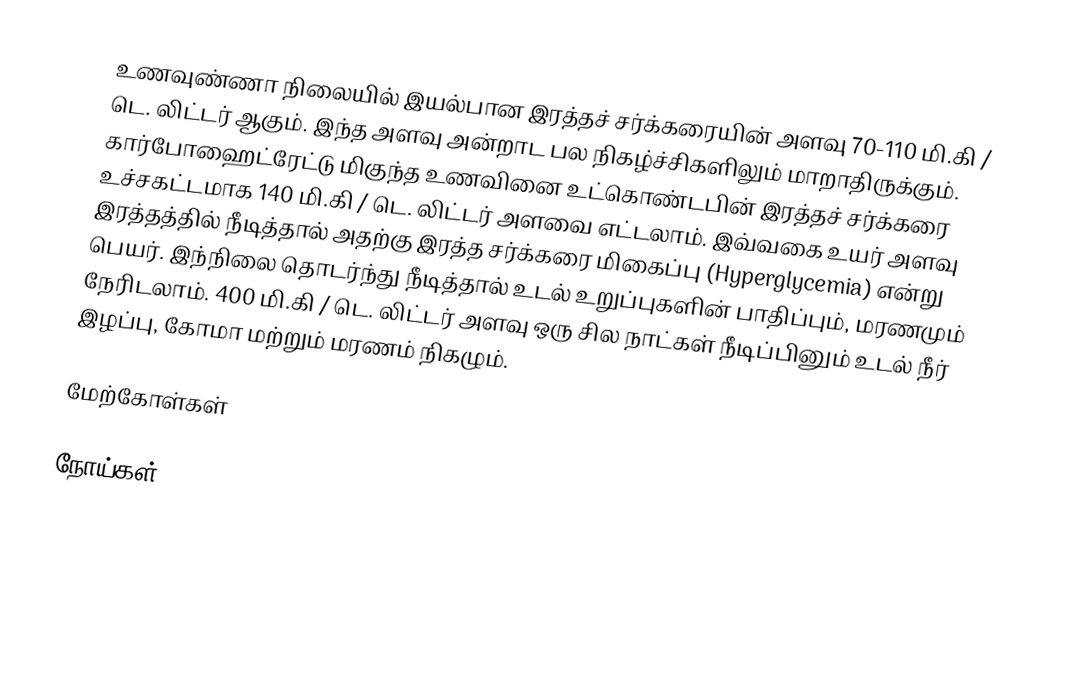
உணவுண்ணா நிலையில் இயல்பான இரத்தச் சர்க்கரையின் அளவு 70-110 மி.கி / டெ. லிட்டர் ஆகும். இந்த அளவு அன்றாட பல நிகழ்ச்சிகளிலும் மாறாதிருக்கும்.  கார்போஹைட்ரேட்டு மிகுந்த உணவினை உட்கொண்டபின் இரத்தச் சர்க்கரை உச்சகட்டமாக 140 மி.கி / டெ. லிட்டர் அளவை எட்டலாம். இவ்வகை உயர் அளவு இரத்தத்தில் நீடித்தால் அதற்கு இரத்த சர்க்கரை மிகைப்பு (Hyperglycemia) என்று பெயர். இந்நிலை தொடர்ந்து நீடித்தால் உடல் உறுப்புகளின் பாதிப்பும், மரணமும் நேரிடலாம். 400 மி.கி / டெ. லிட்டர் அளவு ஒரு சில நாட்கள் நீடிப்பினும் உடல் நீர் இழப்பு, கோமா மற்றும் மரணம் நிகழும்.

மேற்கோள்கள்

நோய்கள்